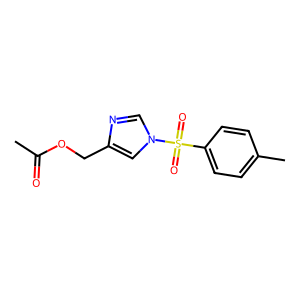
SMILES: CC(=O)OCc1cn(S(=O)(=O)c2ccc(C)cc2)cn1
Inhibits HIV replication: No